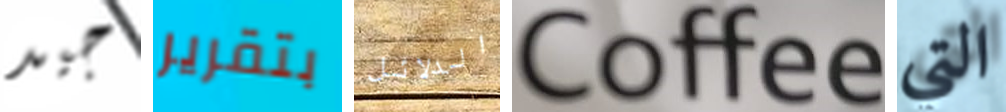
جيد بتقرير الدلائل Coffee التي